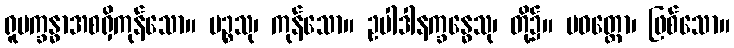
ရူပက္ခန္ဓာအစရှိကုန်သော။ ပဉ္စသု၊ ကုန်သော။ ဥပါဒါနက္ခန္ဓေသု၊ တို့၌။ ပဝတ္တော၊ ဖြစ်သော။